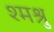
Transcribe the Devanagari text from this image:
श्मश्रु